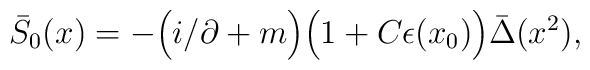
\bar S_0(x) = -\Big(i\slash\partial+m\Big)\Big(1+C\epsilon(x_0)\Big)\bar\Delta(x^2),